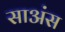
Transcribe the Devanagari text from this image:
साअंस